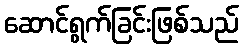
ဆောင်ရွက်ခြင်းဖြစ်သည်